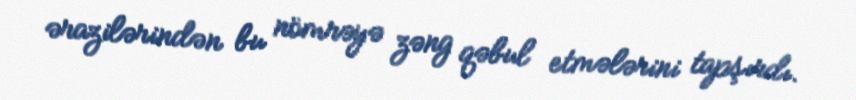
ərazilərindən bu nömrəyə zəng qəbul etmələrini tapşırdı.